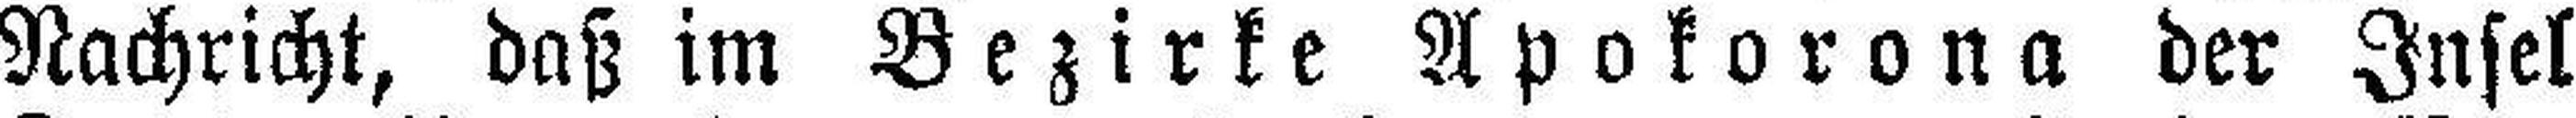
Nachricht, daß im Bezirke Apokorona der Insel